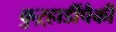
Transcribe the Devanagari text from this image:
कुऱ्हाडींपैकी